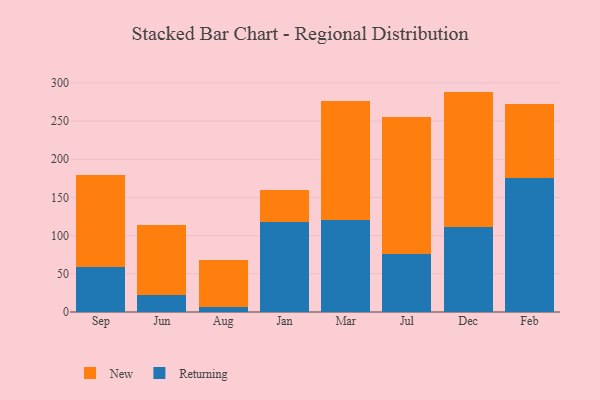
{"axis": {"x": "Month", "y": "Website Visitors"}, "legend": ["New", "Returning"], "data": [{"x": "Sep", "y": 59.1, "type": "Returning"}, {"x": "Sep", "y": 120.4, "type": "New"}, {"x": "Jun", "y": 22.9, "type": "Returning"}, {"x": "Jun", "y": 90.8, "type": "New"}, {"x": "Aug", "y": 6.5, "type": "Returning"}, {"x": "Aug", "y": 62.1, "type": "New"}, {"x": "Jan", "y": 118.4, "type": "Returning"}, {"x": "Jan", "y": 41.6, "type": "New"}, {"x": "Mar", "y": 120.1, "type": "Returning"}, {"x": "Mar", "y": 155.7, "type": "New"}, {"x": "Jul", "y": 75.6, "type": "Returning"}, {"x": "Jul", "y": 179.1, "type": "New"}, {"x": "Dec", "y": 111.9, "type": "Returning"}, {"x": "Dec", "y": 176.6, "type": "New"}, {"x": "Feb", "y": 175.6, "type": "Returning"}, {"x": "Feb", "y": 97.2, "type": "New"}]}